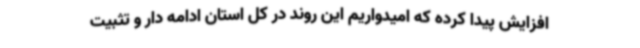
افزایش پیدا کرده که امیدواریم این روند در کل استان ادامه دار و تثبیت